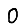
Digit: 0